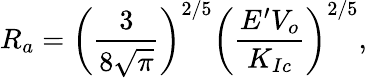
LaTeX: {\displaystyle R_{a}=\left(\frac{3}{8\sqrt{\pi}}\right)^{2/5}\left(\frac{E^{\prime}V_{o}}{K_{Ic}}\right)^{2/5}},